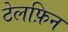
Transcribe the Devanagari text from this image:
टेलफ़िन